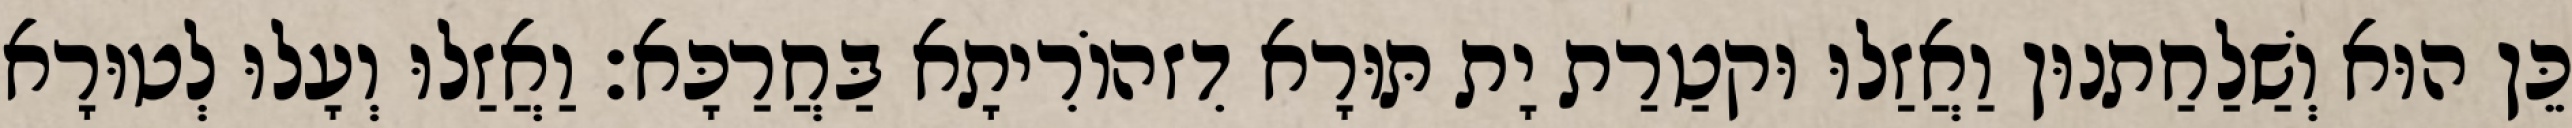
כֵּן הוּא וְשַׁלַחַתנוּן וַאֲזַלוּ וּקטַרַת יָת תּוּרָא דִזהוֹרִיתָא בַּחֲרַכָּא׃ וַאֲזַלוּ וְעָלוּ לְטוּרָא